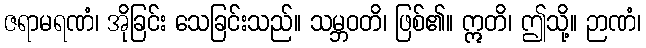
ဇရာမရဏံ၊ အိုခြင်း သေခြင်းသည်။ သမ္ဘဝတိ၊ ဖြစ်၏။ ဣတိ၊ ဤသို့။ ဉာဏံ၊